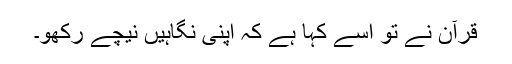
قرآن نے تو اسے کہا ہے کہ اپنی نگاہیں نیچے رکھو۔